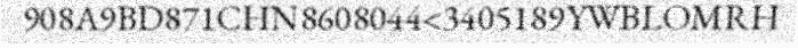
908A9BD871CHN8608044<3405189YWBLOMRH